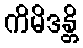
ကိမိဒန္တိ